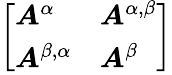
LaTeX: \left[\begin{array}{ll}{\boldsymbol{A}^{\alpha}}&{\boldsymbol{A}^{\alpha,\beta}}\\ {\boldsymbol{A}^{\beta,\alpha}}&{\boldsymbol{A}^{\beta}}\end{array}\right]